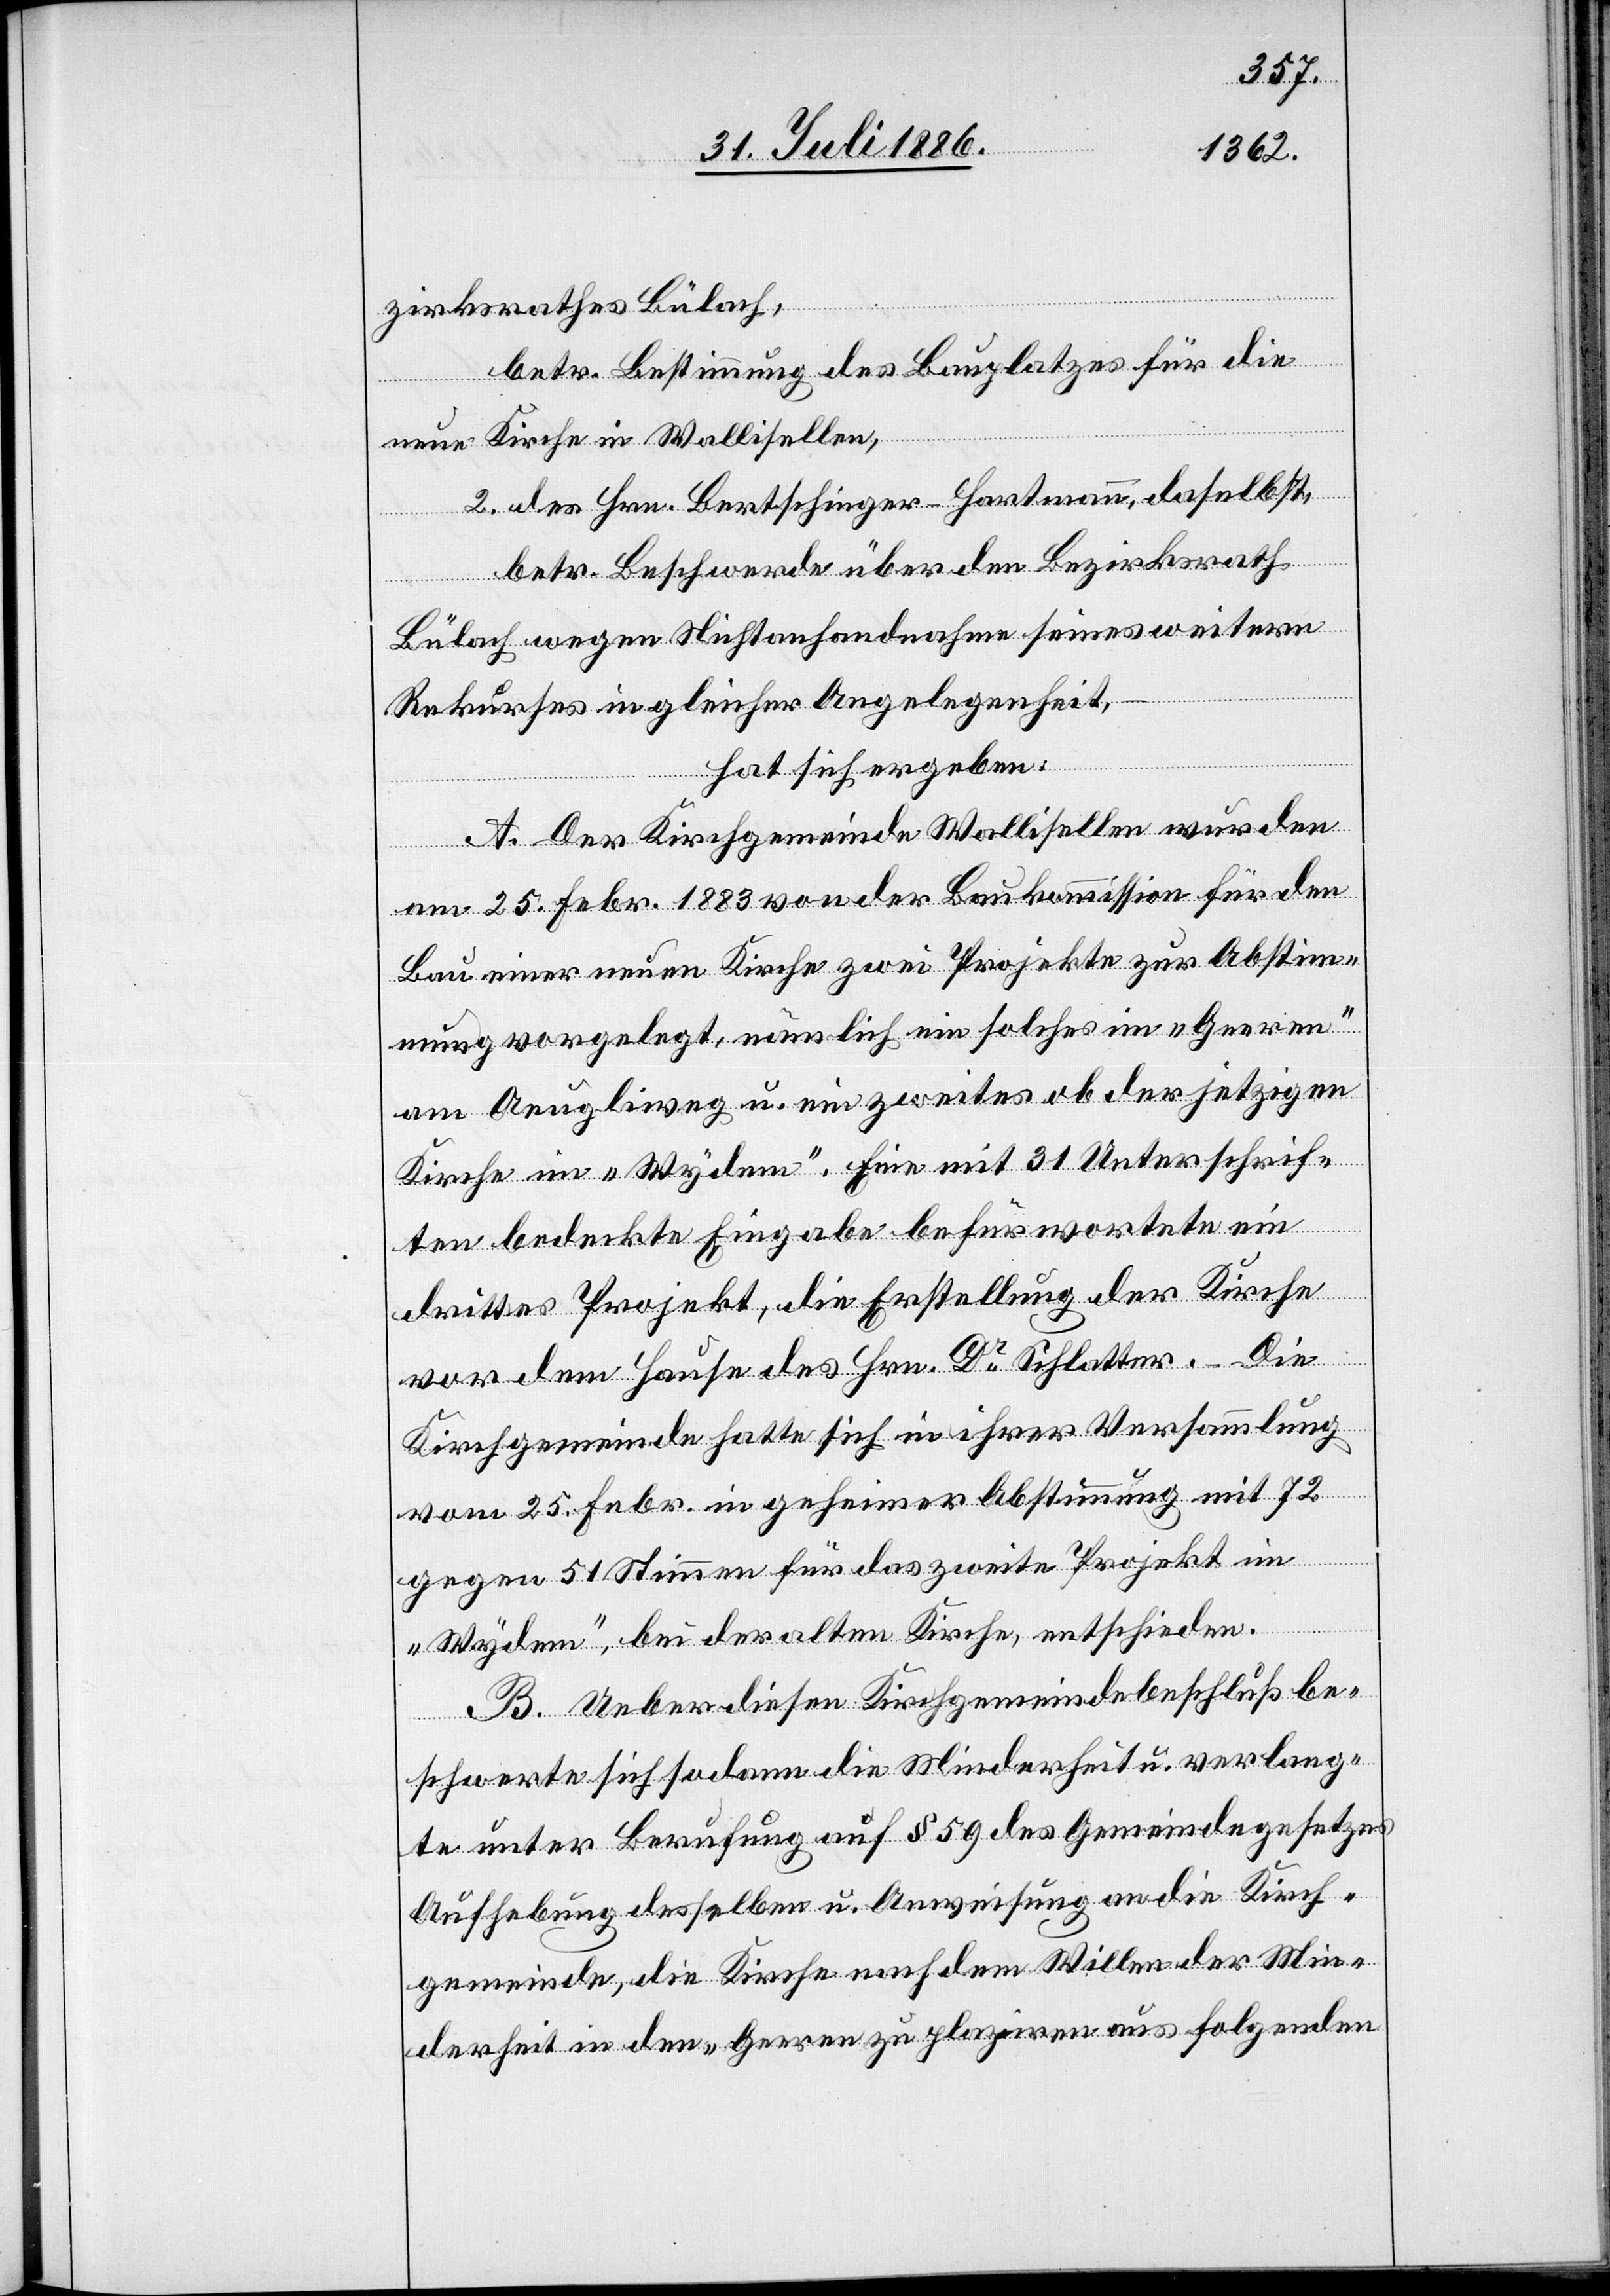
zirksrathes Bülach,
betr. Bestimmung des Bauplatzes für die
neue Kirche in Wallisellen,
2) des Hrn. Bertschinger-Hartmann, daselbst,
betr. Beschwerde über den Bezirksrath
Bülach wegen Nichtanhandnahme seines weitern
Rekurses in gleicher Angelegenheit,
hat sich ergeben:
A. Der Kirchgemeinde Wallisellen wurden
am 25. Febr. 1883 von der Bankkommission für den
Bau einer neuen Kirche zwei Projekte zur Abstim¬
mung vorgelegt, nämlich ein solches im „Geeren“
am Aeugliweg u. ein zweites ob der jetzigen
Kirche im „Wydem“. Eine mit 31 Unterschrif¬
ten bedeckte Eingabe befürwortete ein
drittes Projekt, die Erstellung der Kirche
vor dem Hause des Hrn. Dr Schlatter. – Die
Kirchgemeinde hatte sich in ihrer Versammlung
vom 25. Febr. in geheimer Abstimmung mit 72
gegen 51 Stimmen für das zweite Projekt im
„Wydem“, bei der alten Kirche, entschieden.
B. Ueber diesen Kirchgemeindebeschluß be¬
schwerte sich sodann die Minderheit u. verlang¬
te unter Berufung auf § 59 des Gemeindegesetzes
Aufhebung desselben u. Anweisung an die Kirch¬
gemeinde, die Kirche nach dem Willen der Min¬
derheit in den „Geeren“ zu plaziren aus folgenden